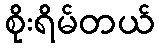
စိုးရိမ်တယ်